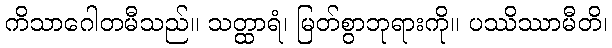
ကိသာဂေါတမီသည်။ သတ္ထာရံ၊ မြတ်စွာဘုရားကို။ ပဿိဿာမီတိ၊